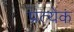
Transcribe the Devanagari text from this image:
प्रत्येकं